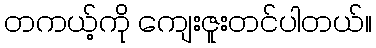
တကယ့်ကို ကျေးဇူးတင်ပါတယ်။